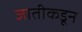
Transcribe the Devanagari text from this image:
जातीकडून